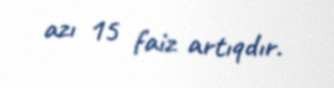
azı 15 faiz artıqdır.